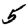
Digit: 5